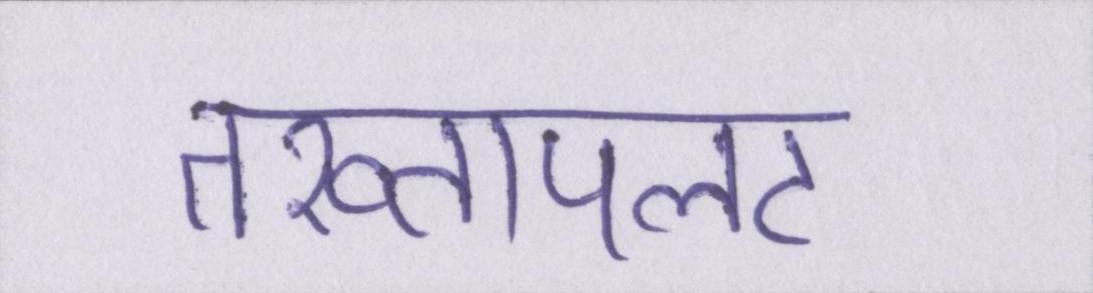
तख्तापलट